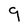
Character: 9